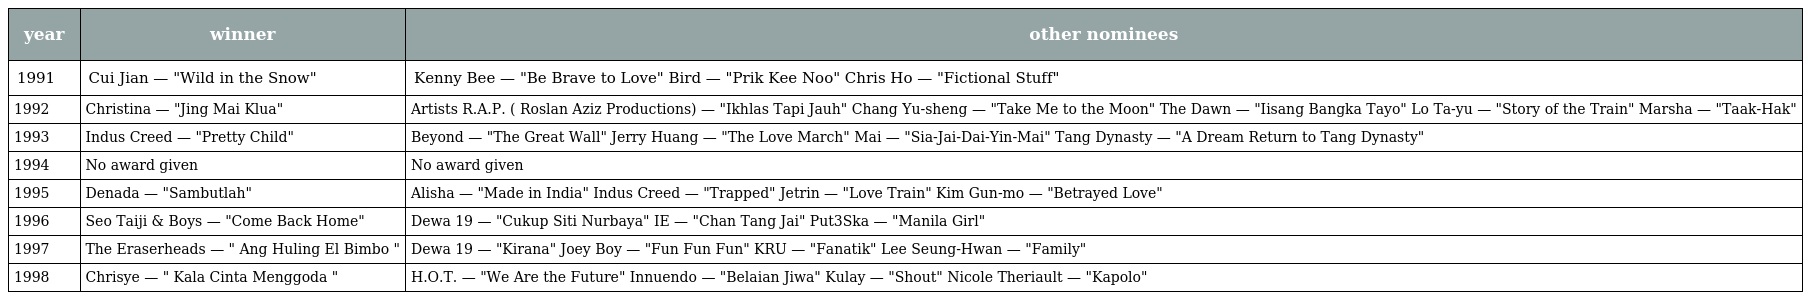
| year | winner | other nominees |
 | --- | --- | --- |
 | 1991 | Cui Jian — "Wild in the Snow" | Kenny Bee — "Be Brave to Love" Bird — "Prik Kee Noo" Chris Ho — "Fictional Stuff" |
 | 1992 | Christina — "Jing Mai Klua" | Artists R.A.P. ( Roslan Aziz Productions) — "Ikhlas Tapi Jauh" Chang Yu-sheng — "Take Me to the Moon" The Dawn — "Iisang Bangka Tayo" Lo Ta-yu — "Story of the Train" Marsha — "Taak-Hak" |
 | 1993 | Indus Creed — "Pretty Child" | Beyond — "The Great Wall" Jerry Huang — "The Love March" Mai — "Sia-Jai-Dai-Yin-Mai" Tang Dynasty — "A Dream Return to Tang Dynasty" |
 | 1994 | No award given | No award given |
 | 1995 | Denada — "Sambutlah" | Alisha — "Made in India" Indus Creed — "Trapped" Jetrin — "Love Train" Kim Gun-mo — "Betrayed Love" |
 | 1996 | Seo Taiji & Boys — "Come Back Home" | Dewa 19 — "Cukup Siti Nurbaya" IE — "Chan Tang Jai" Put3Ska — "Manila Girl" |
 | 1997 | The Eraserheads — " Ang Huling El Bimbo " | Dewa 19 — "Kirana" Joey Boy — "Fun Fun Fun" KRU — "Fanatik" Lee Seung-Hwan — "Family" |
 | 1998 | Chrisye — " Kala Cinta Menggoda " | H.O.T. — "We Are the Future" Innuendo — "Belaian Jiwa" Kulay — "Shout" Nicole Theriault — "Kapolo" |